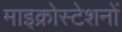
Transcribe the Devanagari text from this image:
माइक्रोस्टेशनों